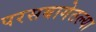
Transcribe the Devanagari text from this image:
परसबागेतल्या